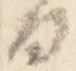
日